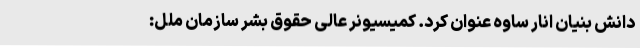
دانش بنیان انار ساوه عنوان کرد. کمیسیونر عالی حقوق بشر سازمان ملل: